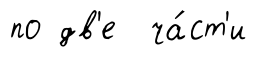
по дв'е ча́ст'и